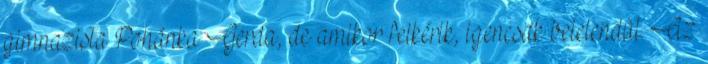
gimnazista Pohánka Gerda, de amikor felkérik, igencsak belelendül. Az